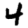
Digit: 4